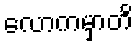
လောကမှာတိ